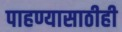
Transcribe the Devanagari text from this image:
पाहण्यासाठीही